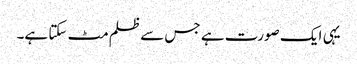
یہی ایک صورت ہے جس سے ظلم مٹ سکتا ہے۔